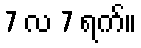
7 လ 7 ရက်။